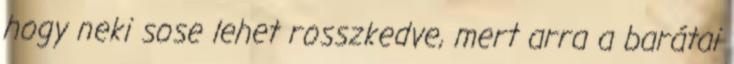
hogy neki sose lehet rosszkedve, mert arra a barátai